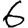
Digit: 6